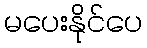
မပေးနိုင်ပေ